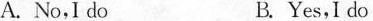
A. No,I do B. Yes,I do